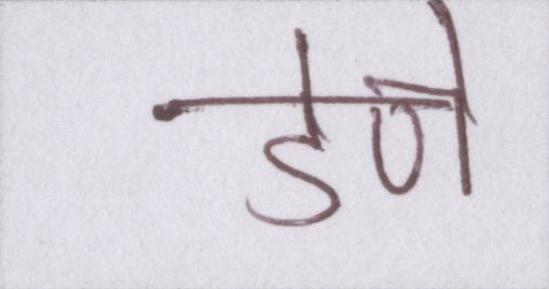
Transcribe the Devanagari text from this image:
डेपो